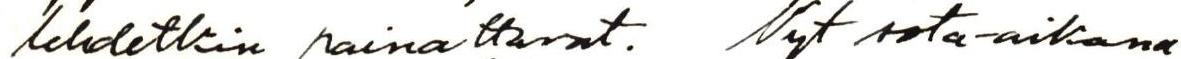
lehdetkin painattavat. Nyt sota-aikana